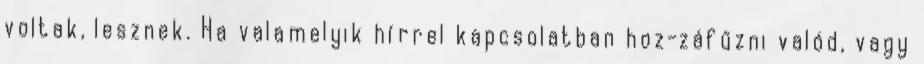
voltak, lesznek. Ha valamelyik hírrel kapcsolatban hoz-záfűzni valód, vagy